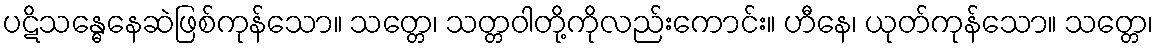
ပဋိသန္ဓေနေဆဲဖြစ်ကုန်သော။ သတ္တေ၊ သတ္တဝါတို့ကိုလည်းကောင်း။ ဟီနေ၊ ယုတ်ကုန်သော။ သတ္တေ၊